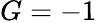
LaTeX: G=-1